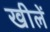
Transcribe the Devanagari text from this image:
खीलें